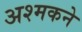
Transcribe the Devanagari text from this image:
अश्मकने